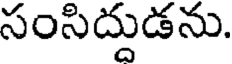
సంసిద్దుడను.